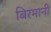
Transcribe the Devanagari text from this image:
बिरमानी